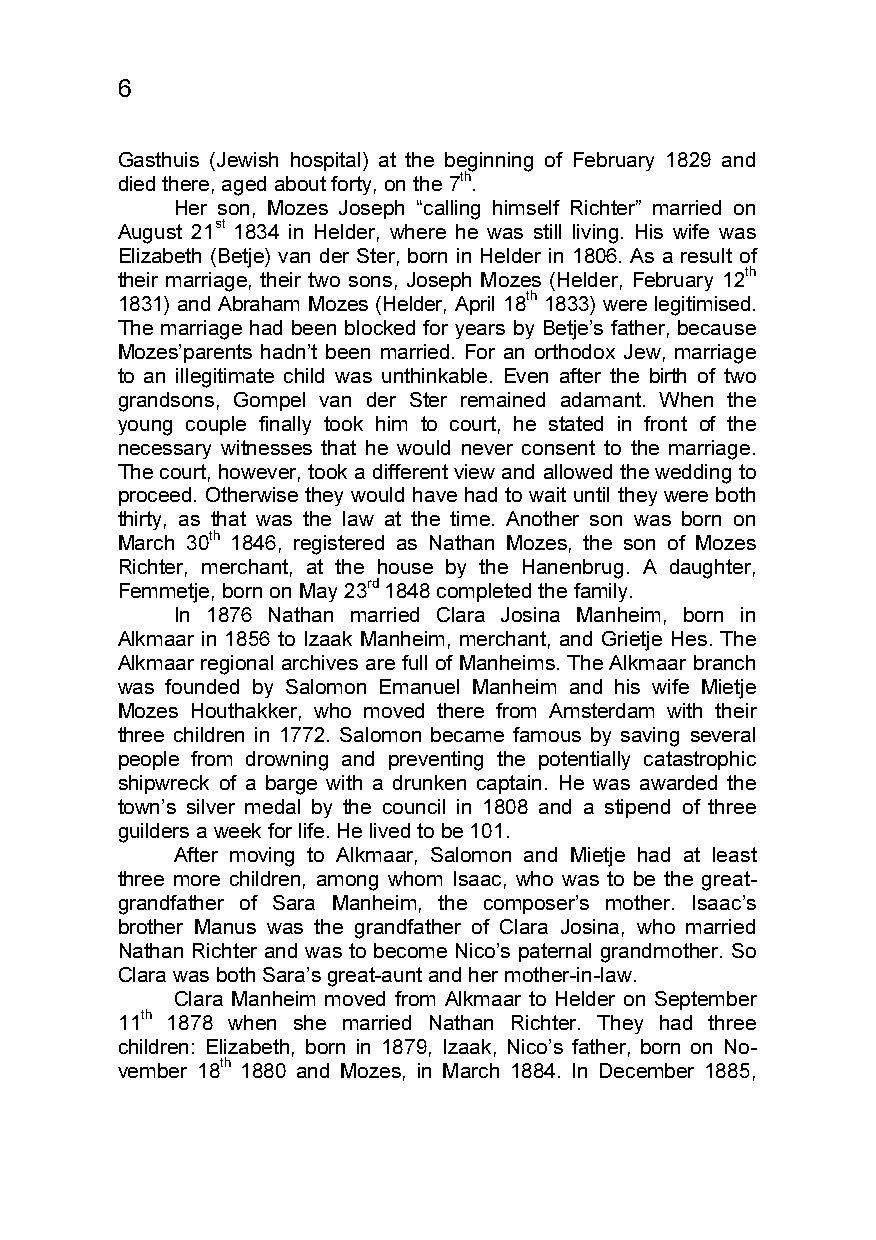
6
 Gasthuis (Jewish hospital) at the beginning of February 1829 and
 died there, aged about forty, on the 7th.
 Her son, Mozes Joseph “calling himself Richter” married on
 August 21st 1834 in Helder, where he was still living. His wife was
 Elizabeth (Betje) van der Ster, born in Helder in 1806. As a result of
 their marriage, their two sons, Joseph Mozes (Helder, February 12th
 1831) and Abraham Mozes (Helder, April 18th 1833) were legitimised.
 The marriage had been blocked for years by Betje’s father, because
 Mozes’parents hadn’t been married. For an orthodox Jew, marriage
 to an illegitimate child was unthinkable. Even after the birth of two
 grandsons, Gompel van der Ster remained adamant. When the
 young couple finally took him to court, he stated in front of the
 necessary witnesses that he would never consent to the marriage.
 The court, however, took a different view and allowed the wedding to
 proceed. Otherwise they would have had to wait until they were both
 thirty, as that was the law at the time. Another son was born on
 March 30th 1846, registered as Nathan Mozes, the son of Mozes
 Richter, merchant, at the house by the Hanenbrug. A daughter,
 Femmetje, born on May 23rd 1848 completed the family.
 In 1876 Nathan married Clara Josina Manheim, born in
 Alkmaar in 1856 to Izaak Manheim, merchant, and Grietje Hes. The
 Alkmaar regional archives are full of Manheims. The Alkmaar branch
 was founded by Salomon Emanuel Manheim and his wife Mietje
 Mozes Houthakker, who moved there from Amsterdam with their
 three children in 1772. Salomon became famous by saving several
 people from drowning and preventing the potentially catastrophic
 shipwreck of a barge with a drunken captain. He was awarded the
 town’s silver medal by the council in 1808 and a stipend of three
 guilders a week for life. He lived to be 101.
 After moving to Alkmaar, Salomon and Mietje had at least
 three more children, among whom Isaac, who was to be the great-
 grandfather of Sara Manheim, the composer’s mother. Isaac’s
 brother Manus was the grandfather of Clara Josina, who married
 Nathan Richter and was to become Nico’s paternal grandmother. So
 Clara was both Sara’s great-aunt and her mother-in-law.
 Clara Manheim moved from Alkmaar to Helder on September
 11th 1878 when she married Nathan Richter. They had three
 children: Elizabeth, born in 1879, Izaak, Nico’s father, born on No-
 vember 18th 1880 and Mozes, in March 1884. In December 1885,